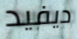
ديفيد